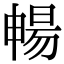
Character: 暢